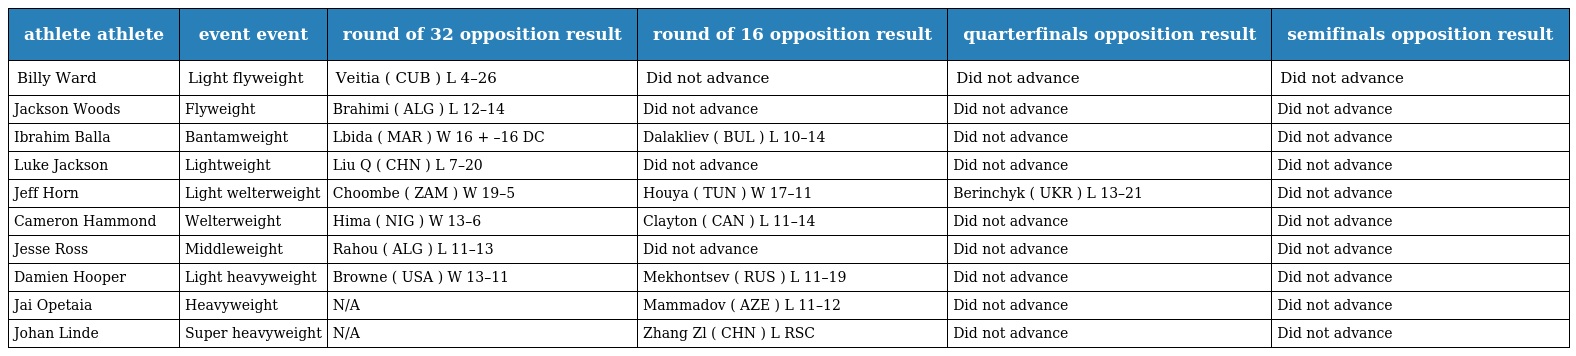
| athlete athlete | event event | round of 32 opposition result | round of 16 opposition result | quarterfinals opposition result | semifinals opposition result |
 | --- | --- | --- | --- | --- | --- |
 | Billy Ward | Light flyweight | Veitia ( CUB ) L 4–26 | Did not advance | Did not advance | Did not advance |
 | Jackson Woods | Flyweight | Brahimi ( ALG ) L 12–14 | Did not advance | Did not advance | Did not advance |
 | Ibrahim Balla | Bantamweight | Lbida ( MAR ) W 16 + –16 DC | Dalakliev ( BUL ) L 10–14 | Did not advance | Did not advance |
 | Luke Jackson | Lightweight | Liu Q ( CHN ) L 7–20 | Did not advance | Did not advance | Did not advance |
 | Jeff Horn | Light welterweight | Choombe ( ZAM ) W 19–5 | Houya ( TUN ) W 17–11 | Berinchyk ( UKR ) L 13–21 | Did not advance |
 | Cameron Hammond | Welterweight | Hima ( NIG ) W 13–6 | Clayton ( CAN ) L 11–14 | Did not advance | Did not advance |
 | Jesse Ross | Middleweight | Rahou ( ALG ) L 11–13 | Did not advance | Did not advance | Did not advance |
 | Damien Hooper | Light heavyweight | Browne ( USA ) W 13–11 | Mekhontsev ( RUS ) L 11–19 | Did not advance | Did not advance |
 | Jai Opetaia | Heavyweight | N/A | Mammadov ( AZE ) L 11–12 | Did not advance | Did not advance |
 | Johan Linde | Super heavyweight | N/A | Zhang Zl ( CHN ) L RSC | Did not advance | Did not advance |